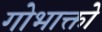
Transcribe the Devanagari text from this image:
गोभाक्तो